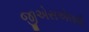
જીએસએલવી